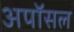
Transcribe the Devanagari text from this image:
अपॉसल